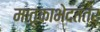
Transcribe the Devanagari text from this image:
मातृकाभेदतंत्र